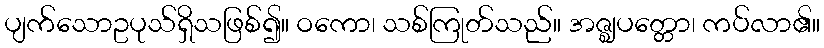
ပျက်သောဥပုသ်ရှိသဖြစ်၍။ ဝကော၊ သစ်ကြုတ်သည်။ အဇ္ဈပတ္တော၊ ကပ်လာ၏။